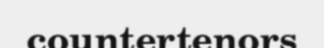
countertenors